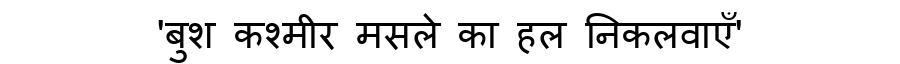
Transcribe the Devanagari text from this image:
'बुश कश्मीर मसले का हल निकलवाएँ'